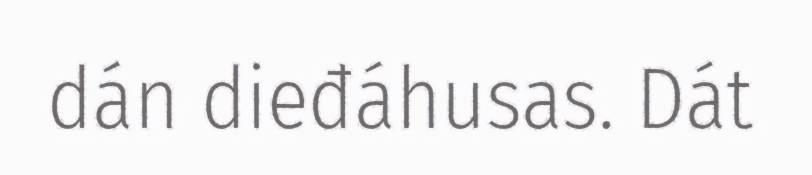
dán dieđáhusas. Dát